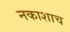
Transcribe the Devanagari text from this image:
नकाशाच